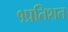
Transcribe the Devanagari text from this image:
१प्रतिशत